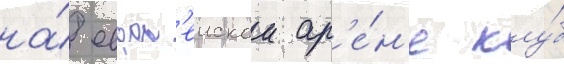
на́ европ'еискои ар'е́н'е клу́б